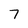
Character: 7